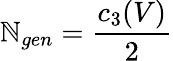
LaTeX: \mathbb{N}_{gen}=\frac{{c_{3}(V)}}{{2}}